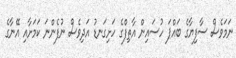
ނަމަވެސް ސާފިޔާގެ ބައްޕަ ހުސައިން އާތިފްގެ ހަށިގަނޑު އަދިވެސް ނުފެންނަ ކަމަށާއި އޭނާގެ